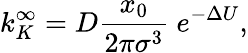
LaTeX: k_{K}^{\infty}=D\frac{x_{0}}{2\pi\sigma^{3}}\ e^{-\Delta U},